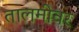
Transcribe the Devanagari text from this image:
तालमीवर